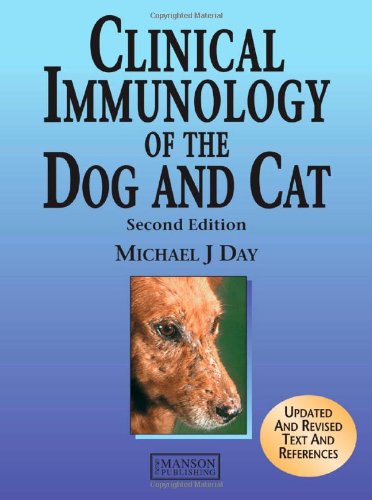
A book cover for Clinical Immunology of the Dog and Cat, Second Edition; Michael J Day; Crafts, Hobbies & Home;